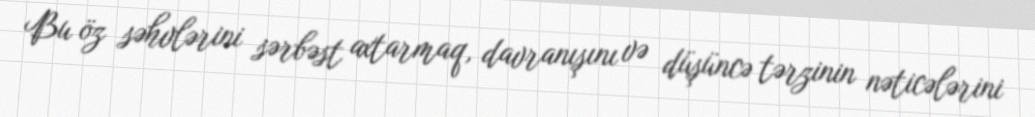
Bu öz səhvlərini sərbəst axtarmaq, davranışını və düşüncə tərzinin nəticələrini